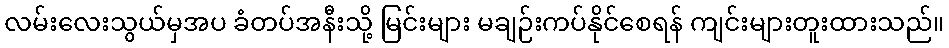
လမ်းလေးသွယ်မှအပ ခံတပ်အနီးသို့ မြင်းများ မချဉ်းကပ်နိုင်စေရန် ကျင်းများတူးထားသည်။